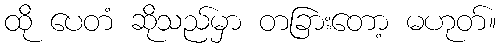
ထို ပေတံ ဆိုသည်မှာ တခြားတော့ မဟုတ်။